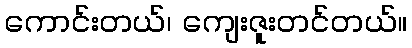
ကောင်းတယ်၊ ကျေးဇူးတင်တယ်။